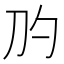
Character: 𰄛